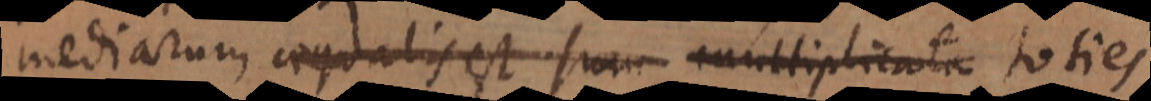
mediarum aequalis est sum multiplicata dimidium